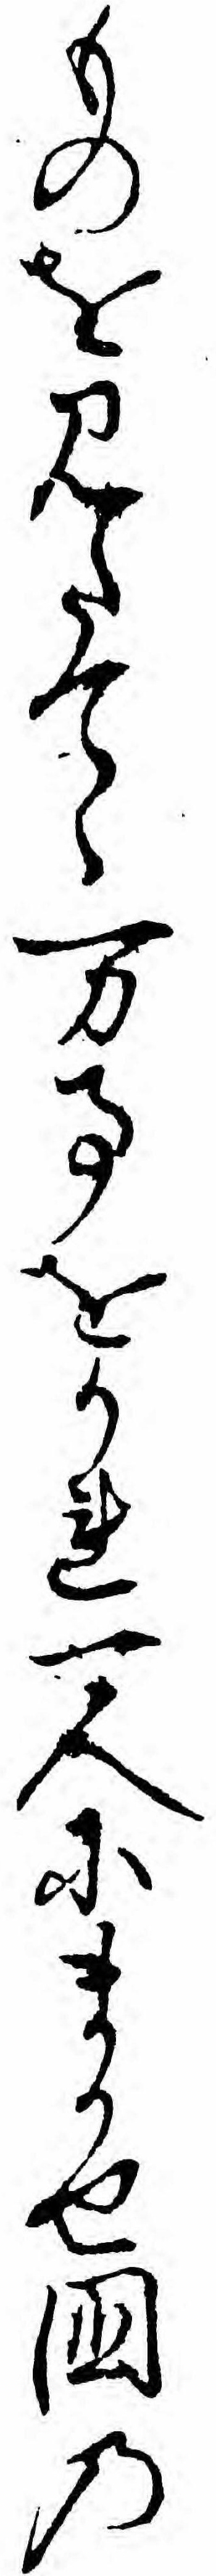
ものを見たてゝ万事をかれ一人にまかせ国の